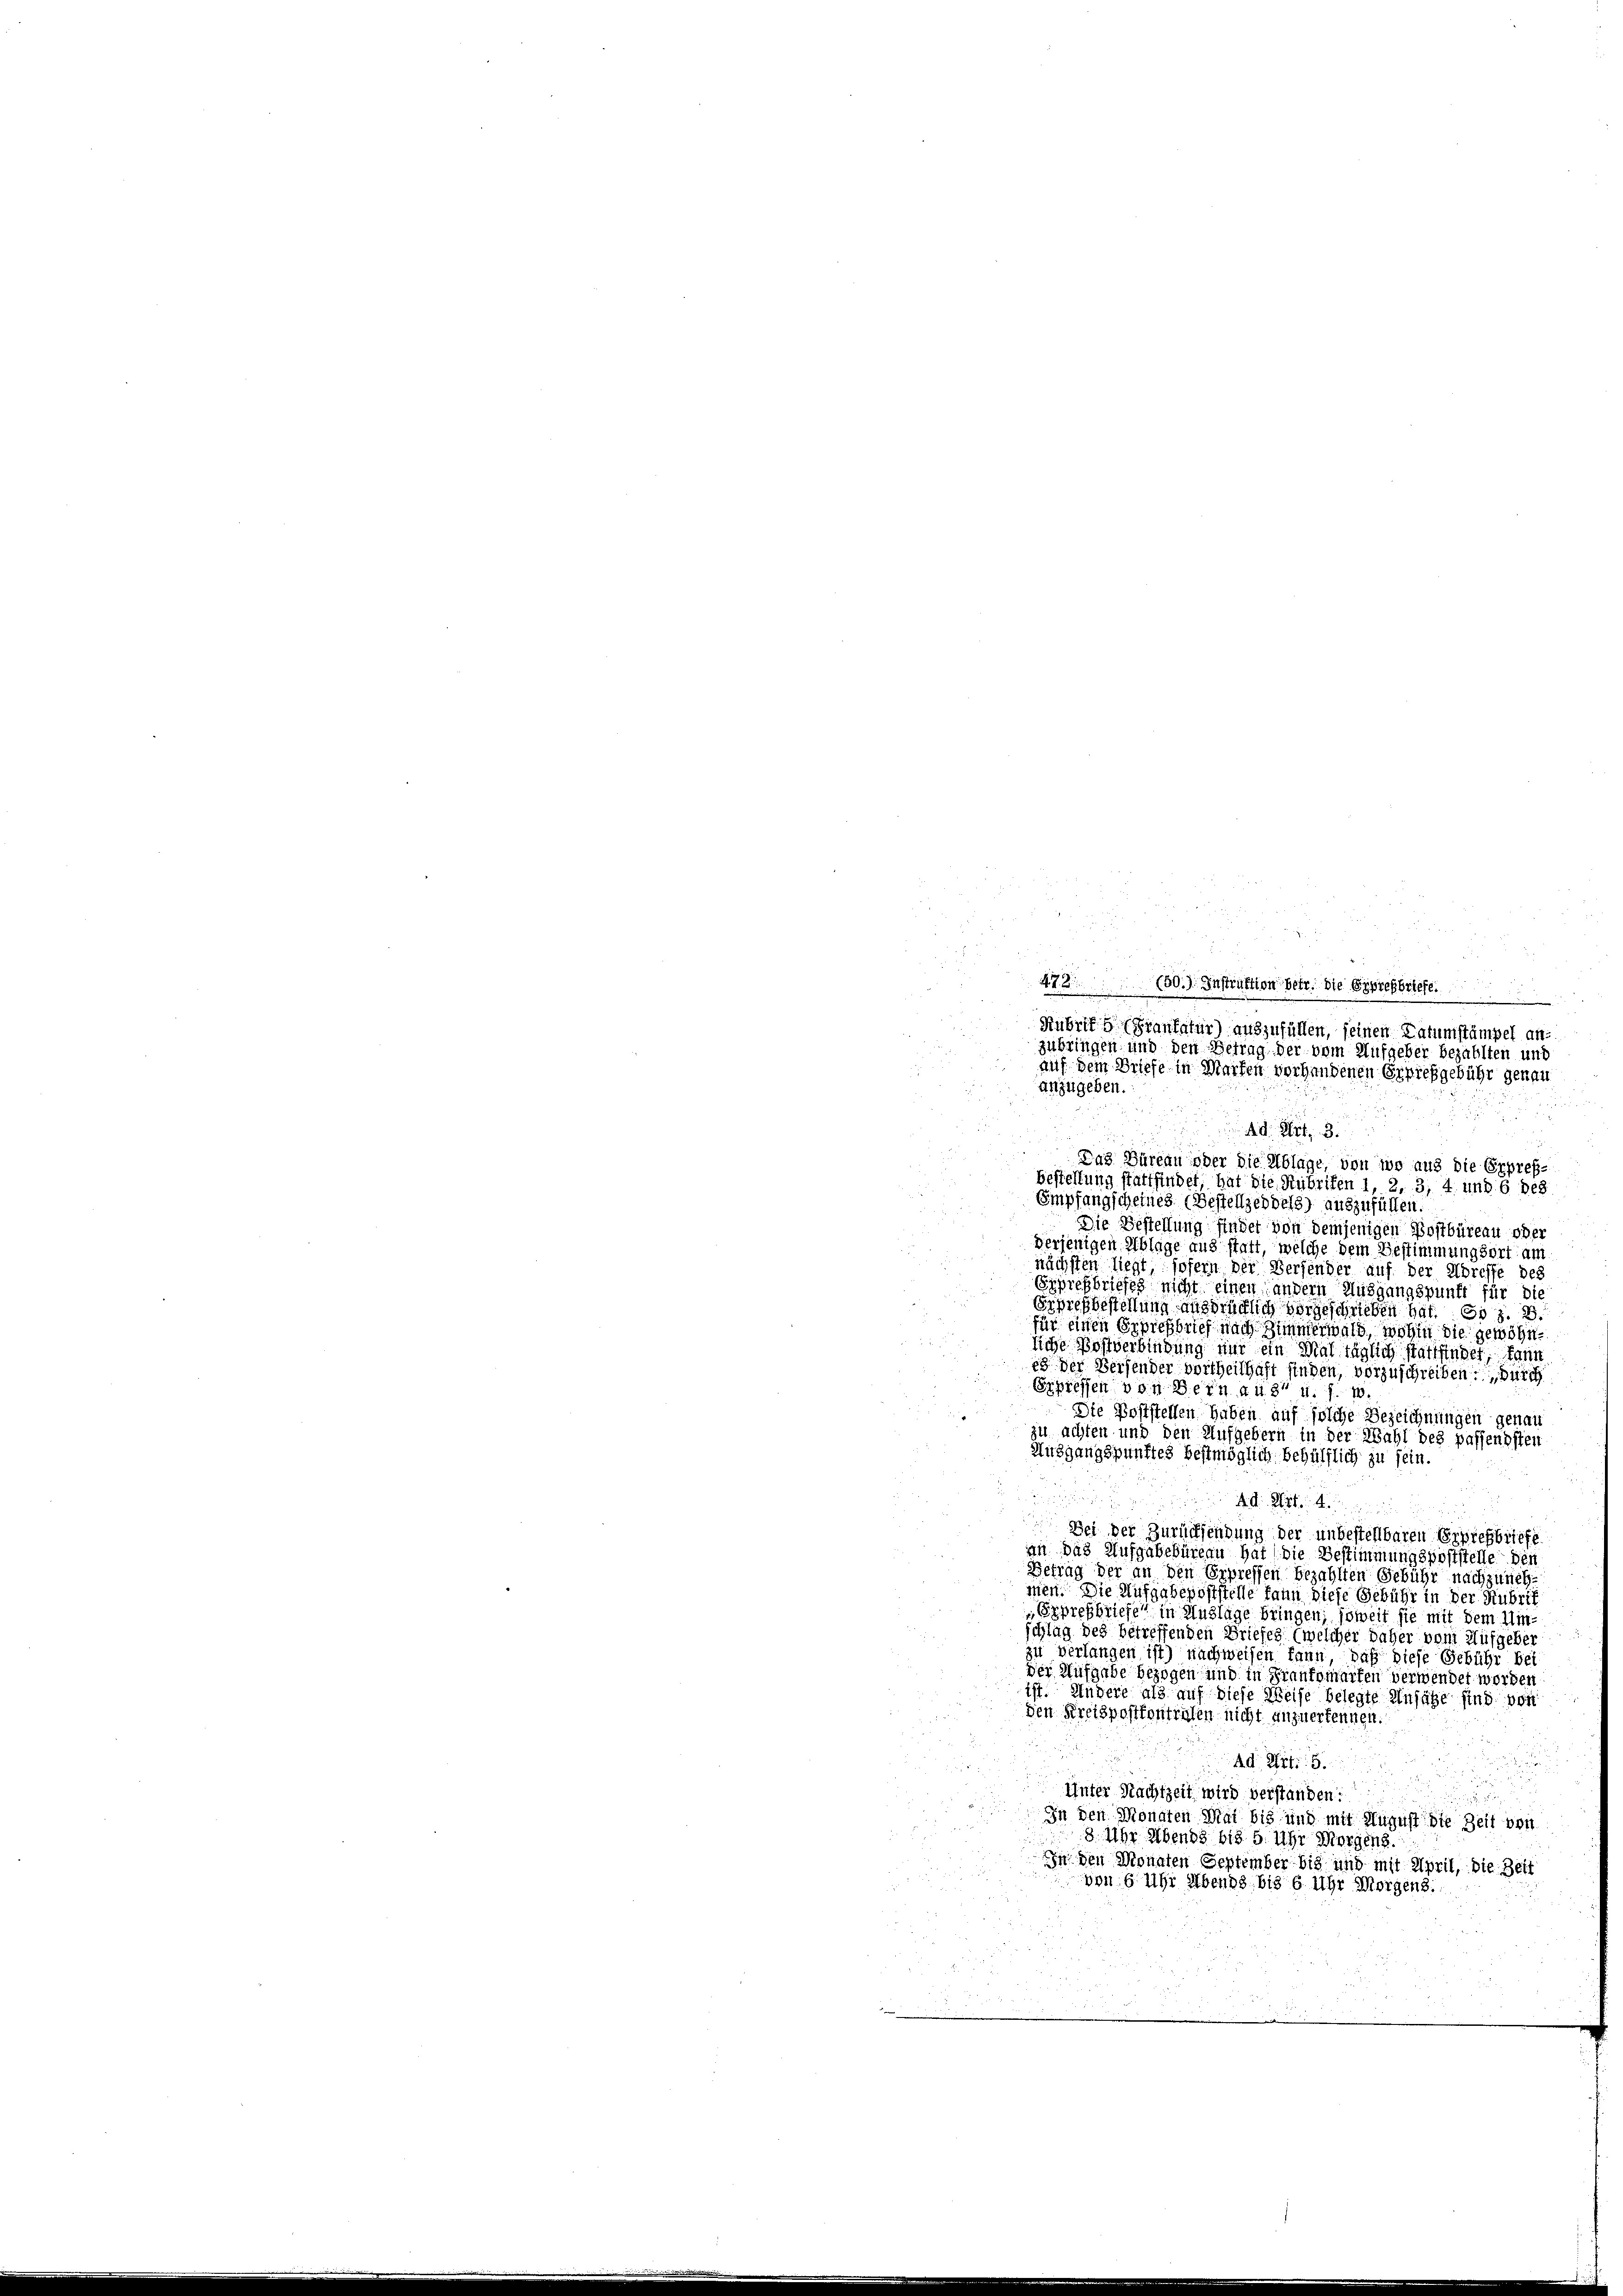
Rubrifs (Frankatur) auszufüllen, seinen Datumstämpel an
zubringen und den Betrag der vom Aufgeber bezahlten und
auf dem Briefe in Marken vorhandenen Erprefgebühr genau
anzugeben.
u
Ad Art. 3.

e
472 (50.) Instruktion betr. die Epprehbriefe
n

Das Büreau oder die Ablage, von wo aus die Erpreß-
Bestellung stattfindet, hat die Rubrifen 1, 2, 3, 4 und 6 des
Empfangscheines (Bestelljeddel) auszufüllen.
Die Bestellung findet von demjenigen Postbüreau oder
verjenigen Ablage aus statt, welche dem Bestimmungsort am
nächsten liegt sofern der Versender auf der Abreffe des
Expressbriefes nicht einen andern Ausgangspunft für die
Erpresbestellung ausdrücklich vorgeschrieben hat. Es z. B.
für einen Erpressbrief nach Zimmerwald, wohin die gewöhnliche Postverbindung nur ein Mal täglich stattfindet, kann
88 der Versender vortheilhaft finden, vorzuschreiben. Durch
Erpressen von Bern aus u. s. 10.
Die Poststellen haben auf solche Bezeichnungen genau
zu achten und den Aufgebern in der Wahl des passendsten
Ausgangspunktes bestmöglich, behülflich zu sein.
A d. Art. 4.
Bei der Zurücksendung der unbestellbaren Erpressbriefe
an das Aufgabebüreau hat die Bestimmungspoststelle der
Betrag der an den Erpressen bezahlten Gebühr nachzuneh
men. Die Aufgabepoststelle kann diese Gebühr in der Rubrif
Expresbriefe in Auslage bringen; soweit sie mit dem Umschlag des betreffenden Briefes (welcher daher vom Aufgeber
zu verlangen ist) nachweisen kann, daß diese Gebühr bei
der Aufgabe bezogen und in Fraufomarten verwendet worden
ist. Andere als auf diese Weise belegte Ansähe sind von
den Kreispostkontralen nicht anzuerkennen.
Ad Art. 5.
Unter Nachtzeit wird verstanden:
In den Monaten Mai bis und mit August die Zeit von
8 Uhr Abends bis 5. Uhr Morgens.
In den Monaten September bis und mit April, die Zeit
von 6 Uhr Abends bis 6 Uhr Morgens.